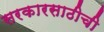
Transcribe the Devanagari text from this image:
सरकारसाठीची